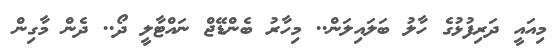
މިއައީ ދަރިފުޅުގެ ހާލު ބަލައިލަން.. މިހާރު ބެންޑޭޖް ނައްޓާލީ ދޯ.. ދެން މާގިން